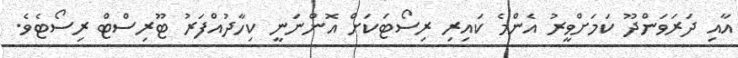
އާއި ދަރަވަންދޫ ކަމަށްވީރު އެންމެ ކައިރި ރިސޯޓަކަށް އޮންނަނީ ކިހާދުއްފަރު ޓޫރިސްޓް ރިސޯޓެވެ.